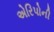
એરિપોની